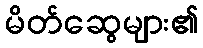
မိတ်ဆွေများ၏